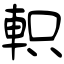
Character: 軹